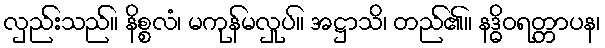
လှည်းသည်။ နိစ္စလံ၊ မကုန်မလှုပ်။ အဋ္ဌာသိ၊ တည်၏။ နဒ္ဓိဝရတ္တာပန၊